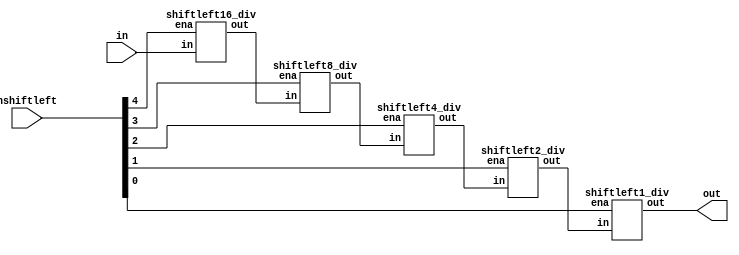
module shiftleft_div(in, nshiftleft, out);

input	[23:0]	in;
input	[4:0]	nshiftleft;
output	[23:0]	out;

wire	[23:0]	temp1, temp2, temp3, temp4;

shiftleft16_div shift_1(.in(in), .ena(nshiftleft[4]), .out(temp1));
shiftleft8_div  shift_2(.in(temp1), .ena(nshiftleft[3]), .out(temp2));
shiftleft4_div  shift_3(.in(temp2), .ena(nshiftleft[2]), .out(temp3));
shiftleft2_div  shift_4(.in(temp3), .ena(nshiftleft[1]), .out(temp4));
shiftleft1_div  shift_5(.in(temp4), .ena(nshiftleft[0]), .out(out));

endmodule

/////////////////////////////////////////////////////////////////////////////

module	shiftleft16_div(in, ena, out);

input	[23:0]	in;
input			ena;
output	[23:0]	out;

assign out = ena?{in[8:0],16'b0}:in;
endmodule

/////////////////////////////////////////////////////////////////////////////

module	shiftleft8_div(in, ena, out);

input	[23:0]	in;
input			ena;
output	[23:0]	out;

assign out = ena?{in[16:0],8'b0}:in;
endmodule

/////////////////////////////////////////////////////////////////////////////

module	shiftleft4_div(in, ena, out);

input	[23:0]	in;
input			ena;
output	[23:0]	out;

assign out = ena?{in[20:0],4'b0}:in;
endmodule

/////////////////////////////////////////////////////////////////////////////

module	shiftleft2_div(in, ena, out);

input	[23:0]	in;
input			ena;
output	[23:0]	out;

assign out = ena?{in[22:0],2'b0}:in;
endmodule

/////////////////////////////////////////////////////////////////////////////

module	shiftleft1_div(in, ena, out);

input	[23:0]	in;
input			ena;
output	[23:0]	out;

assign out = ena?{in[23:0],1'b0}:in;
endmodule